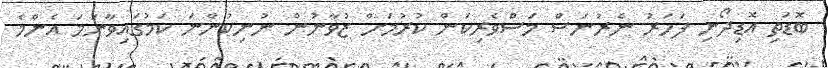
ބޮޑަތި އޮޑިދޯނި ފަހަރު ނެރުނަސް މަސްވެރިކަން ކުރުމަށް ޒުވާނުން ނުނިކުންނަ ކަމުގައިވާނަމަ އެންމެ